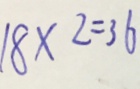
1 8 \times 2 = 3 6